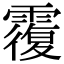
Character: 䨱